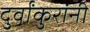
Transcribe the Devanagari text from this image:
दुर्वांकुरांनी